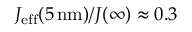
J _ { \mathrm { e f f } } ( 5 \, \mathrm { n m } ) / J ( \infty ) \approx 0 . 3